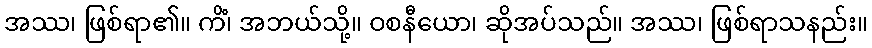
အဿ၊ ဖြစ်ရာ၏။ ကိံ၊ အဘယ်သို့။ ဝစနီယော၊ ဆိုအပ်သည်။ အဿ၊ ဖြစ်ရာသနည်း။